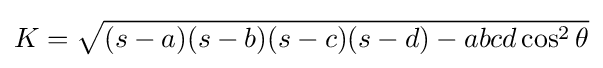
K={\sqrt {(s-a)(s-b)(s-c)(s-d)-abcd\cos ^{2}\theta }}